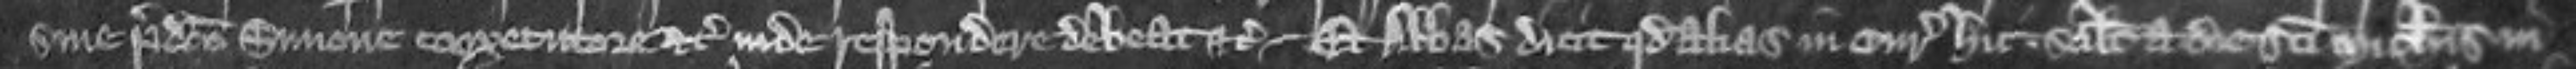
sine predicto Simone coexecutore etc inde respondere debeat etc Et abbas dicit quod in curia hic scilicet a die Sancti Michaelis in